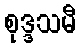
စုဒ္ဒသမီ